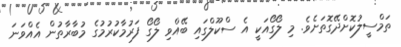
ތަމްސީލުކޮށްދޭގޮތަށެވެ. މި ލޯގޯއަކީ އެ ސްކޫލްގައި ބޭއްވި ލޯގޯ ފަރުމާކުރުމުގެ މުބާރާތުން އެއްވަނަ